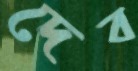
দেব